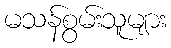
မသန်စွမ်းသူများ